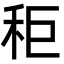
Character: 秬